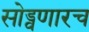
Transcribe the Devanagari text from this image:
सोड्वणारच